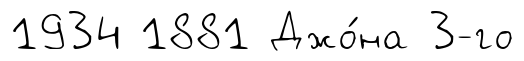
1934 1881 Джо́на 3-го